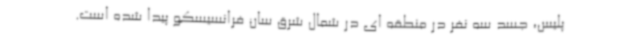
پلیس، جسد سه نفر در منطقه ای در شمال شرق سان فرانسیسکو پیدا شده است.